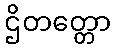
ဌိတတ္တော